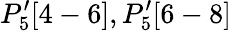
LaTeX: P_{5}^{\prime}[4-6],P_{5}^{\prime}[6-8]